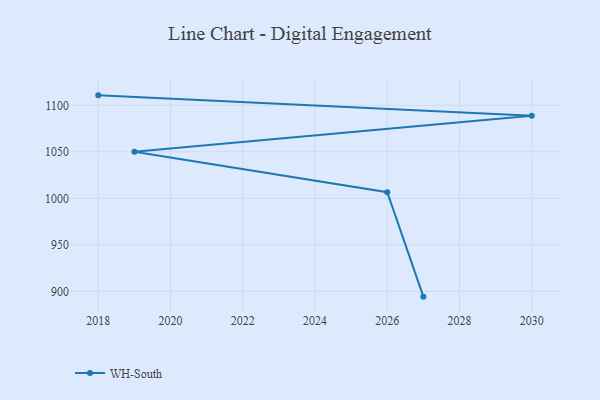
{"axis": {"x": "Year", "y": "Population (Million)"}, "legend": ["WH-South"], "data": [{"x": "2018", "y": 1110.7, "type": "WH-South"}, {"x": "2030", "y": 1088.8, "type": "WH-South"}, {"x": "2019", "y": 1050.0, "type": "WH-South"}, {"x": "2026", "y": 1006.6, "type": "WH-South"}, {"x": "2027", "y": 894.3, "type": "WH-South"}]}